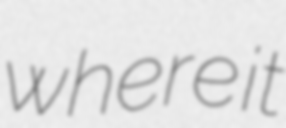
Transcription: where it